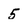
Character: 5